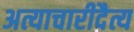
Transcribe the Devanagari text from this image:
अत्याचारीदैत्य